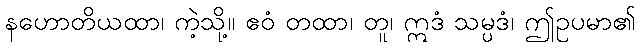
နဟောတိယထာ၊ ကဲ့သို့။ ဧဝံ တထာ၊ တူ၊ ဣဒံ သမ္ပဒံ၊ ဤဥပမာ၏